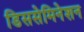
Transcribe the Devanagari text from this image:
डिससेमिनेशन